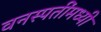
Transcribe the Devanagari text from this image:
वनस्पतींमध्यी